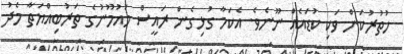
ހުތުރުކަން ވަކި ކުޑައެއް ނޫނެވެ. އެކަމާ ގުޅިގެން ރައީސް މައުމޫނުގެ ތަރުބިއްޔަތާ މެދު